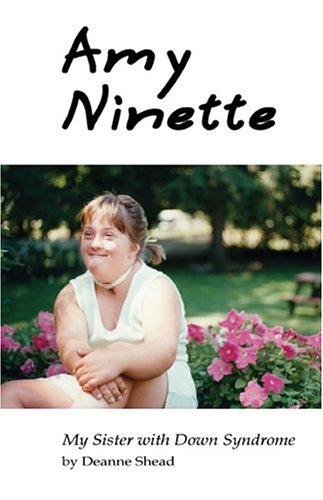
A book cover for Amy Ninette: My sister with Down Syndrome; Deanne Shead; Health, Fitness & Dieting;